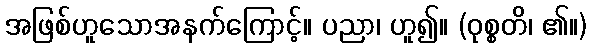
အဖြစ်ဟူသောအနက်ကြောင့်။ ပညာ၊ ဟူ၍။ (ဝုစ္စတိ၊ ၏။)